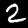
Label: 2